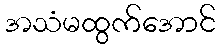
အသံမထွက်အောင်